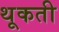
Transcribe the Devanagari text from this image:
थूकती